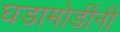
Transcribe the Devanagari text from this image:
घडामोडींनी